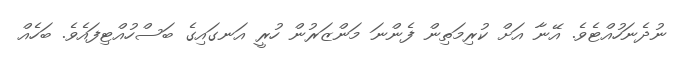
ނުދެނަހުއްޓެވެ. އޭނާ އަށް ކުރިމަތިން ފެންނަ މަންޒަރުން ހުރީ އަނގައިގެ ބަސްހުއްޓިފައެވެ. ބަހެއް